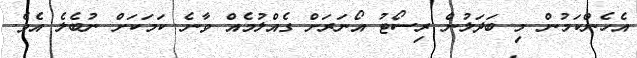
އެހެންކަމުން މި ބަދަލުން ރިސޯޓު އޯނަރަށް ގެއްލުމެއް ވާނެ ކަމަކަށް ނުބެލެ އެވެ.